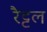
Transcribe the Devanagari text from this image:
रैट्टल